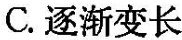
C.逐渐变长